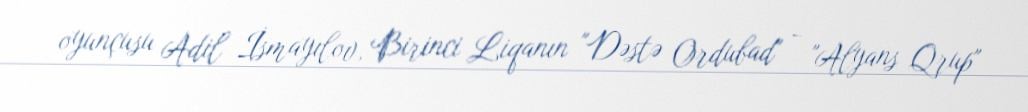
oyunçusu Adil İsmayılov, Birinci Liqanın "Dəstə Ordubad" - "Alyans Qrup"